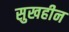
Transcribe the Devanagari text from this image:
सुखहीन